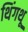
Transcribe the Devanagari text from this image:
थिंगथू